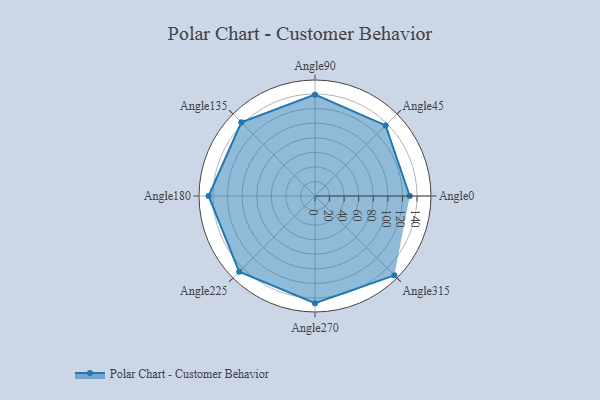
{"axis": {"x": "Angle", "y": "Radius"}, "legend": [""], "data": [{"x": "Angle0", "y": 130.0, "type": ""}, {"x": "Angle45", "y": 137.0, "type": ""}, {"x": "Angle90", "y": 139.0, "type": ""}, {"x": "Angle135", "y": 143.0, "type": ""}, {"x": "Angle180", "y": 146.0, "type": ""}, {"x": "Angle225", "y": 147.0, "type": ""}, {"x": "Angle270", "y": 147.0, "type": ""}, {"x": "Angle315", "y": 154.0, "type": ""}]}